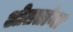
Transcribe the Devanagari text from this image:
ओततांना